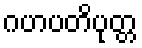
ဂဟပတိပုတ္တ